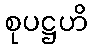
စုပဋ္ဌဟိ